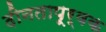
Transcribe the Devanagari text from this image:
दीनतापूर्वक